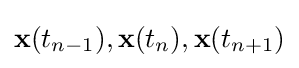
\mathbf {x} (t_{n-1}),\mathbf {x} (t_{n}),\mathbf {x} (t_{n+1})